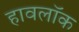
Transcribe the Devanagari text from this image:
हावलॉक